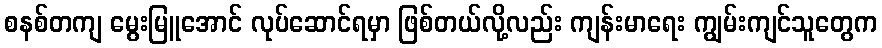
စနစ်တကျ မွေးမြူအောင် လုပ်ဆောင်ရမှာ ဖြစ်တယ်လို့လည်း ကျန်းမာရေး ကျွမ်းကျင်သူတွေက